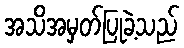
အသိအမှတ်ပြုခဲ့သည်